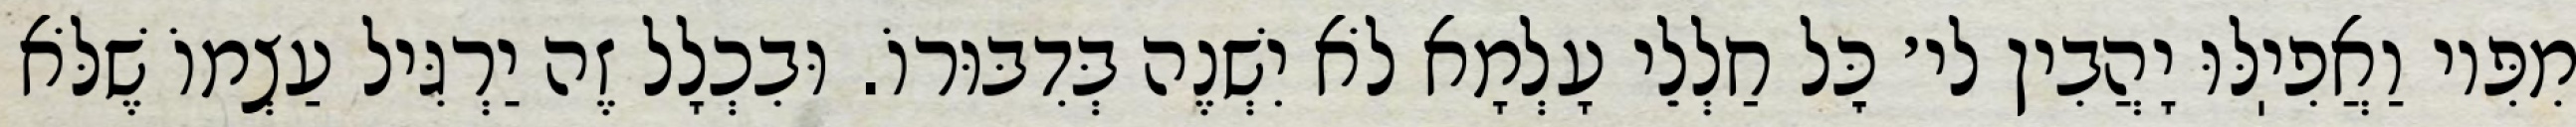
מִפִּיו וַאֲפִיֽלּוּ יָהֲבִין לי׳ כׇּל חַלְלֵי עָלְמָא לֹא יִשְׁנֶה בְּדִבּוּרוֹ. וּבִכְלָל זֶה יַרְגִּיל עַצְמוֹ שֶׁלֹּא